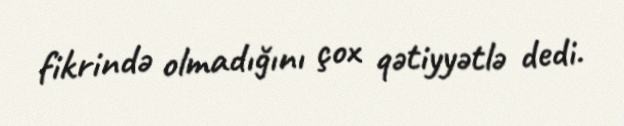
fikrində olmadığını çox qətiyyətlə dedi.